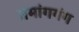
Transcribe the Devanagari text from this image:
तमांगगंग